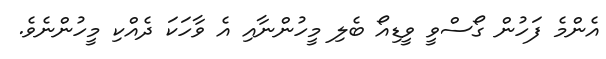
އެންމެ ފަހުން ގޯސްވީ ވީޑިއޯ ބެލި މީހުންނާއި އެ ވާހަކަ ދެއްކި މީހުންނެވެ.